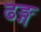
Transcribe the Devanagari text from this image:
ढङ्ग